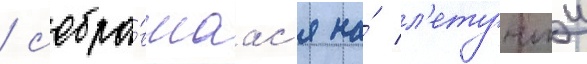
/ собра́вшаас'я на́ л'етучии